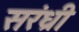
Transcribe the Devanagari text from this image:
सरंध्री